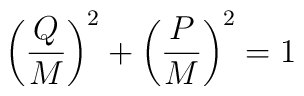
\left({Q\over M}\right)^2 + \left({P\over M}\right)^2 = 1